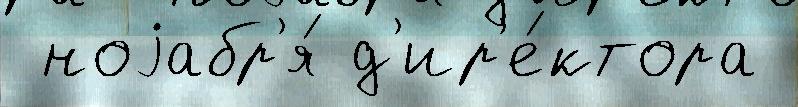
 ноjабр'я́ д'ир'е́ктора